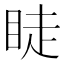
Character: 𥆥